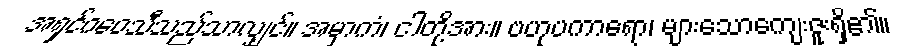
အရှင်ဂဝေသီသည်သာလျှင်။ အမှာကံ၊ ငါတို့အား။ ဗဟုပကာရော၊ များသောကျေးဇူးရှိ၏။